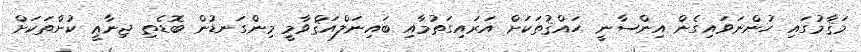
މަޤާމުގައި ހުންނަވަައިގެން އިންސާނީ ޙައްޤުތަކަށް އަރައިގަތުމާއި ބައިނަލްއަޤްވާމީ މިންގަނޑުން ބޮޑެތި ޖިނާޢީ ކުށްތަކަށް